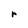
Character: r